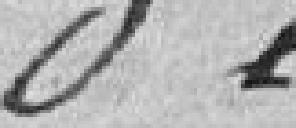
de